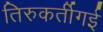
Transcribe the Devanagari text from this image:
तिरुकर्तीगई